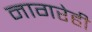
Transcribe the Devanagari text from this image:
नागरेही